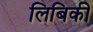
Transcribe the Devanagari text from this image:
लिबिकी